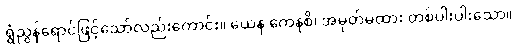
ရွှံညွှန်ရောင်ဖြင့်သော်လည်းကောင်း။ ယေန ကေနစိ၊ အမှတ်မထား တစ်ပါးပါးသော။